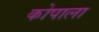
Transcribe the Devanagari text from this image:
कोपाला